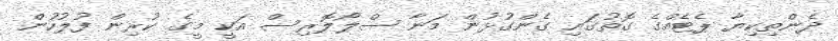
ދެންތިކިޔާ ޕެޓެއްގެ ގޮތުގައި ގެންގުޅުން މަނާ ސްލޯލޮރިސް އަކީ މީގެ ކުރިން ފުލުހުން